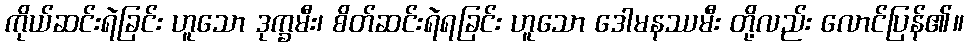
ကိုယ်ဆင်းရဲခြင်း ဟူသော ဒုက္ခမီး၊ စိတ်ဆင်းရဲရခြင်း ဟူသော ဒေါမနဿမီး တို့လည်း လောင်ပြန်၏။